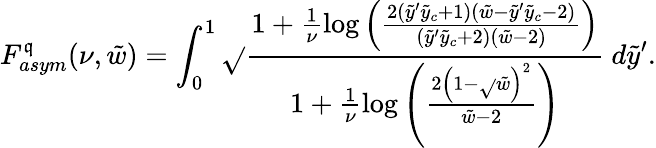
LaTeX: F_{asym}^{\mathfrak{q}}(\nu,\tilde{{w}})=\int_{0}^{1}\sqrt{}{{\frac{{1+\frac{{1}}{{\nu}}\log\left(\frac{{2(\tilde{{y}}^{\prime}\tilde{{y}}_{c}+1)(\tilde{{w}}-\tilde{{y}}^{\prime}\tilde{{y}}_{c}-2)}}{{(\tilde{{y}}^{\prime}\tilde{{y}}_{c}+2)(\tilde{{w}}-2)}}\right)}}{{1+\frac{{1}}{{\nu}}\log\left(\frac{{2\left(1-\sqrt{}{{\tilde{{w}}}}\right)^{2}}}{{\tilde{{w}}-2}}\right)}}}}~d\tilde{{y}}^{\prime}.